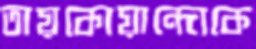
তায়কোয়ান্দোকে